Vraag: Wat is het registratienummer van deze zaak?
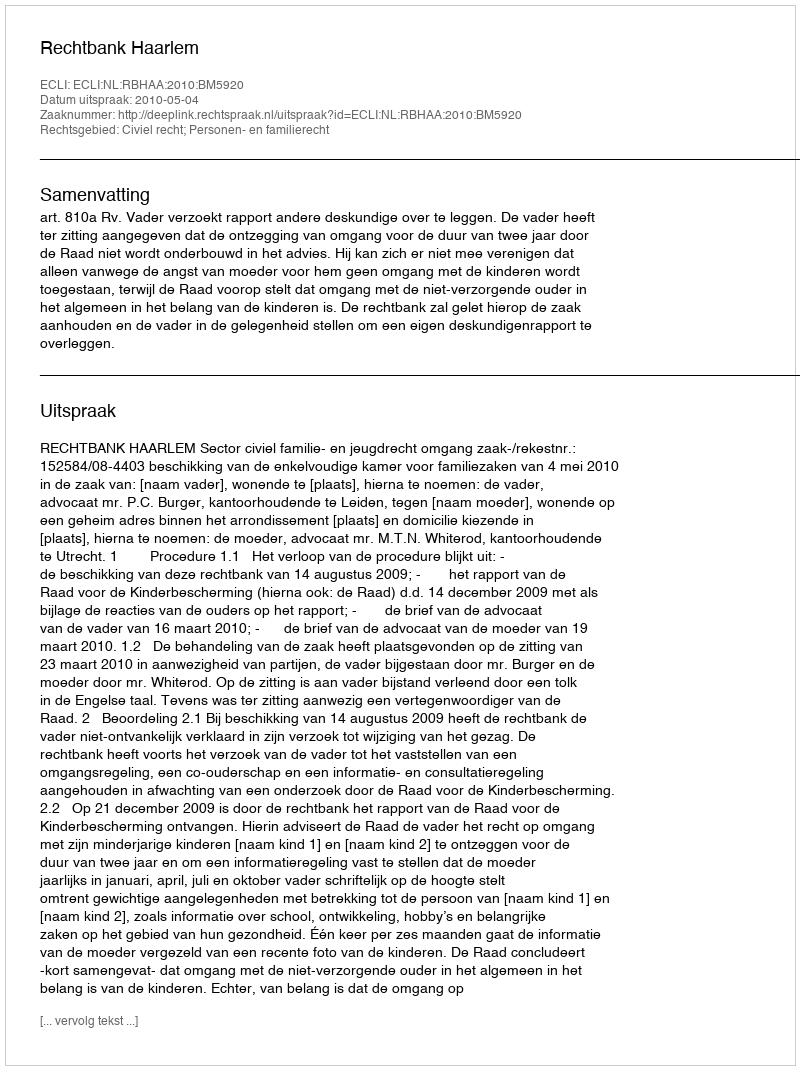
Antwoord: http://deeplink.rechtspraak.nl/uitspraak?id=ECLI:NL:RBHAA:2010:BM5920